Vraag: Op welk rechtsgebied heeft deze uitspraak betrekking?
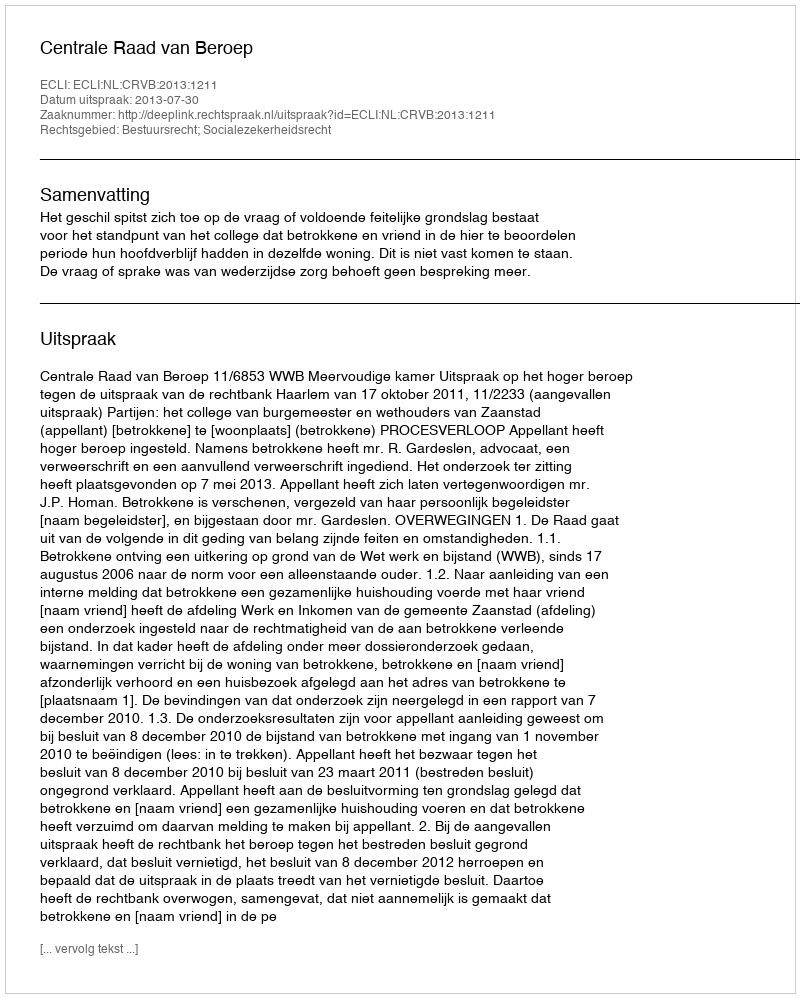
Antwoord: Bestuursrecht; Socialezekerheidsrecht